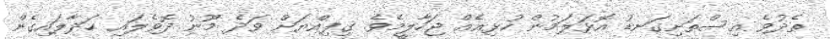
ތެދުވެ އިސްތަށިގަނޑު އޮޅަލަމުން ހުޅިއެއް ޖަހާލީމެވެ. ގިފިއްޔަށް ވަދެ މޫނު ދޮވެލައި ހަދާލައިގެން